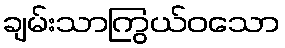
ချမ်းသာကြွယ်ဝသော